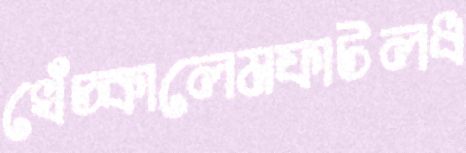
খেঁচ্‌কালেমফাটলধ